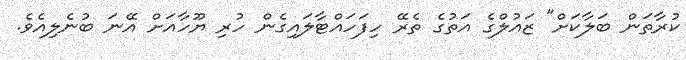
ކުރާތަން ބަލާކަށް" ޒައުލްގެ އަތުގެ ތެރޭ ހިފަހައްޓާލައިގެން ހުރި ޔޫހާއަށް އޭނަ ބުނެލިއެވެ.